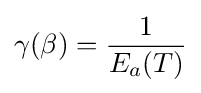
\gamma (\beta )={\frac {1}{E_{a}(T)}}